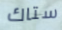
ستاك